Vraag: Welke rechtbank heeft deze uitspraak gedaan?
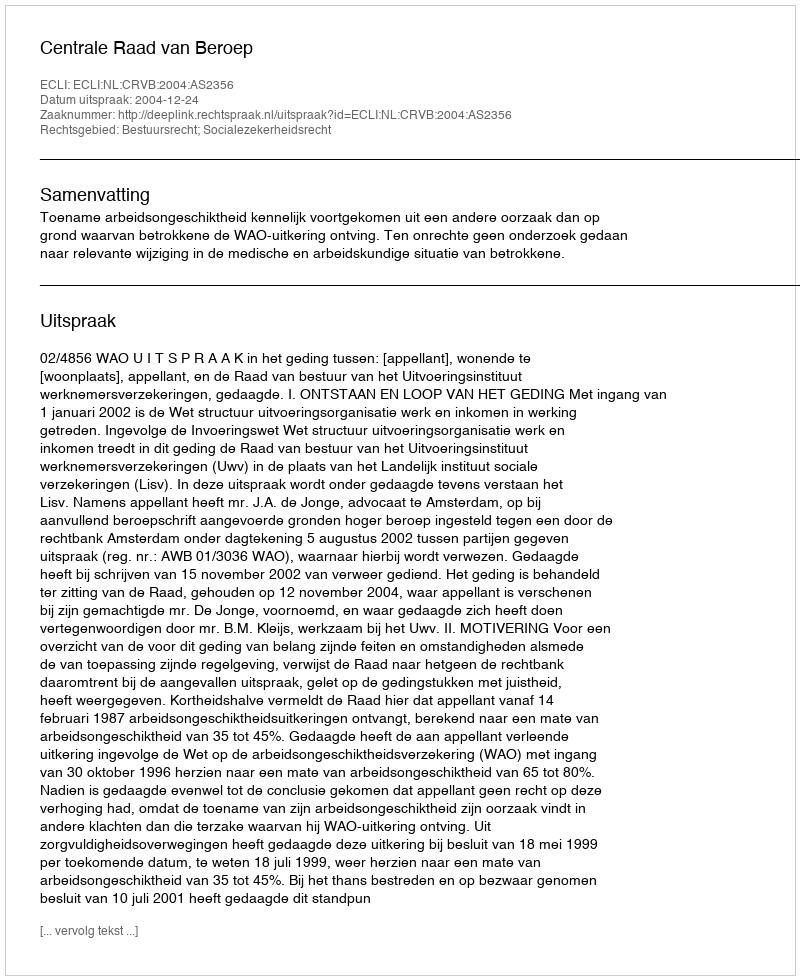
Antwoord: Centrale Raad van Beroep